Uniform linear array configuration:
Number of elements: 12
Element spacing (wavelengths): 0.25
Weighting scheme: cosine
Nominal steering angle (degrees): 60
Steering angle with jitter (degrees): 58.645
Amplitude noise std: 0.05
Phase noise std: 0.05

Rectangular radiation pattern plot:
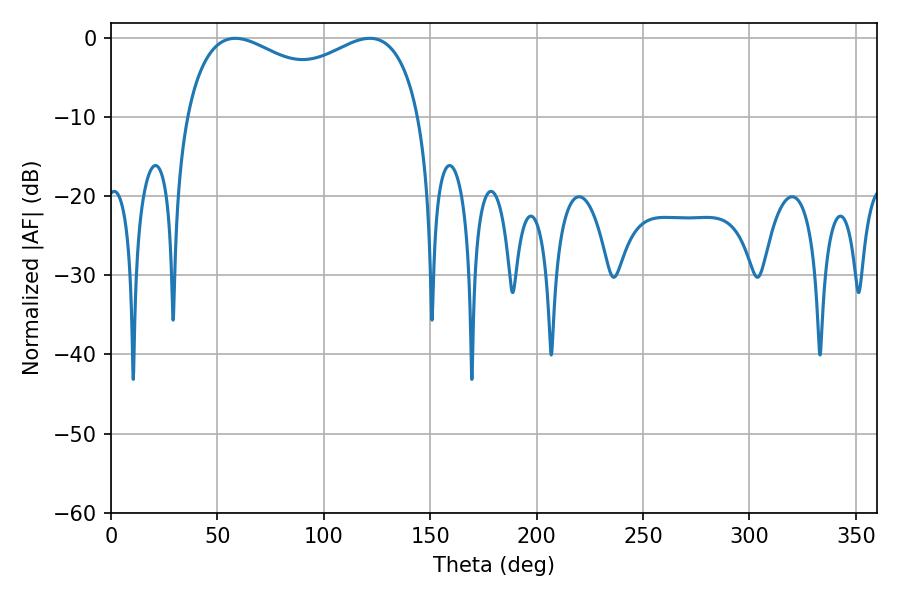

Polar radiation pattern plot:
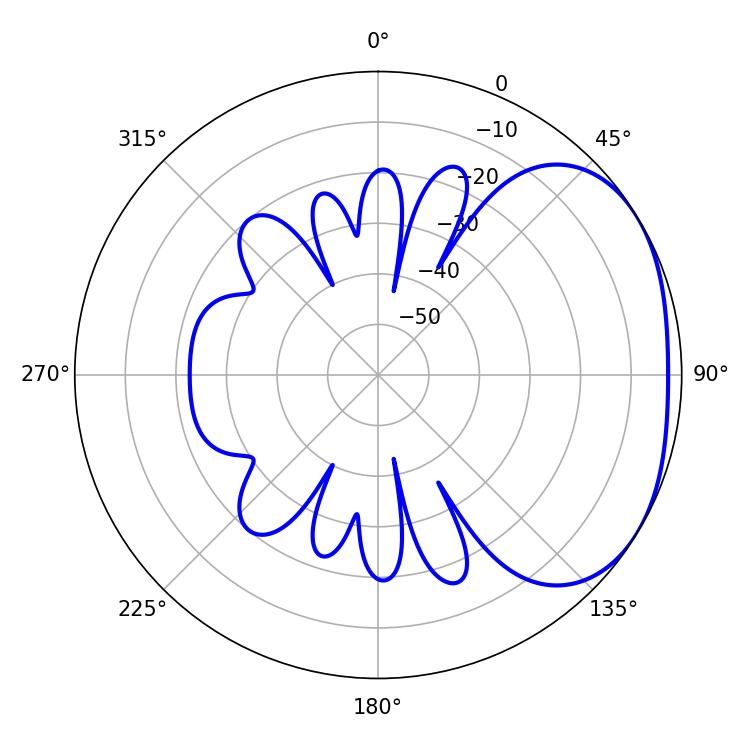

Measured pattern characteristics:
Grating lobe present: FALSE
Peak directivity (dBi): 2.422
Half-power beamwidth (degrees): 91.8
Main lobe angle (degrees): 58.32